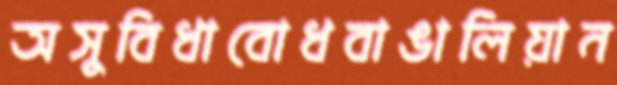
অসুবিধাবোধবাঙালিয়ান